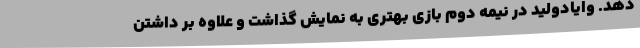
دهد. وایادولید در نیمه دوم بازی بهتری به نمایش گذاشت و علاوه بر داشتن